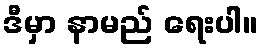
ဒီမှာ နာမည် ရေးပါ။